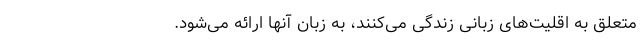
متعلق به اقلیت‌های زبانی زندگی می‌کنند، به زبان آنها ارائه می‌شود.